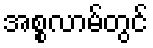
အစ္စလာမ်တွင်